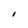
Character: I